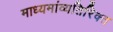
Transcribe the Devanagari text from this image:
माध्यमांव्यतिरिक्त